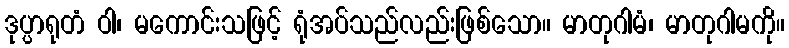
ဒုပ္ပာရုတံ ဝါ၊ မကောင်းသဖြင့် ရုံအပ်သည်လည်းဖြစ်သော။ မာတုဂါမံ၊ မာတုဂါမကို။